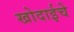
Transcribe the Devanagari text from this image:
खोदाईचे